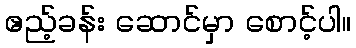
ဧည့်ခန်း ဆောင်မှာ စောင့်ပါ။